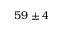
5 9 \pm 4